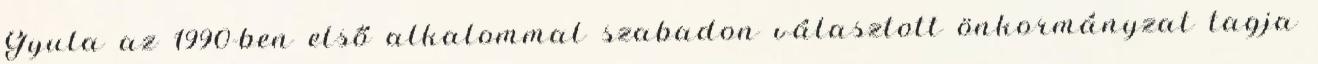
Gyula az 1990-ben első alkalommal szabadon választott önkormányzat tagja